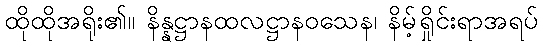
ထိုထိုအရိုး၏။ နိန္နဋ္ဌာနထလဋ္ဌာနဝသေန၊ နိမ့်ရှိုင်းရာအရပ်